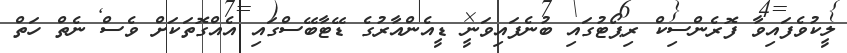
ލީކުވެފައިވާ ފޮރެންސިކް ރިޕޯޓުގައި ބުނެފައިވަނީ ޑީއެންއާރުގެ ޑޭޓާބޭސްގައި އެއްގޮތަކަށް ވެސް ނެތް ހަތް